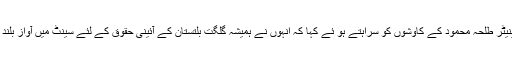
صوبائی وزیر تعمیرات وقانون ڈاکٹر محمد اقبال نے اس موقع پر سینیٹر طلحہ محمود کے کاوشوں کو سراہتے ہو ئے کہا کہ اُنہوں نے ہمیشہ گلگت بلتستان کے آئینی حقوق کے لئے سینٹ میں آواز بلند کی گلگت بلتستان کے عوام اُن کی خدمات کو ہمیشہ یاد رکھیں گے۔